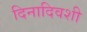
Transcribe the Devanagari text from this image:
दिनादिवशी